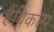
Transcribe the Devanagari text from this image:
हैंविकल्प